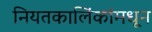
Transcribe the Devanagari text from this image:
नियतकालिंकांमधून